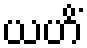
ယဟိံ